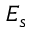
E _ { s }